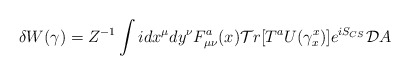
\begin{align*}\delta W(\gamma) = Z^{-1} \int i d x^{\mu} dy^{\nu}F^{a}_{\mu\nu}(x){\cal T}r[T^aU(\gamma_{x}^{x})] e^{iS_{CS}} {\cal D}A\end{align*}